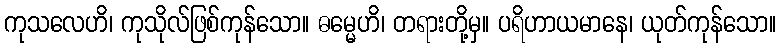
ကုသလေဟိ၊ ကုသိုလ်ဖြစ်ကုန်သော။ ဓမ္မေဟိ၊ တရားတို့မှ။ ပရိဟာယမာနေ၊ ယုတ်ကုန်သော။